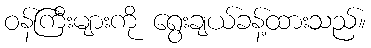
ဝန်ကြီးများကို ရွေးချယ်ခန့်ထားသည်။